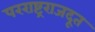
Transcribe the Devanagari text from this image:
परराष्ट्रराजदूत